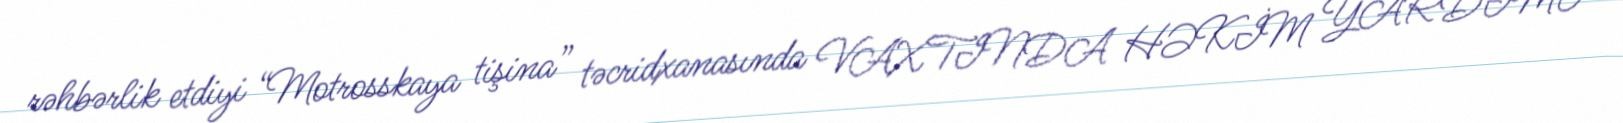
rəhbərlik etdiyi “Motrosskaya tişina” təcridxanasında VAXTINDA HƏKİM YARDIMI